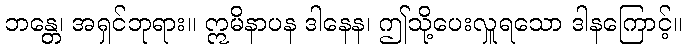
ဘန္တေ၊ အရှင်ဘုရား။ ဣမိနာပန ဒါနေန၊ ဤသို့ပေးလှူရသော ဒါနကြောင့်။